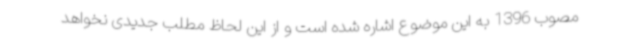
مصوب 1396 به این موضوع اشاره شده است و از این لحاظ مطلب جدیدی نخواهد